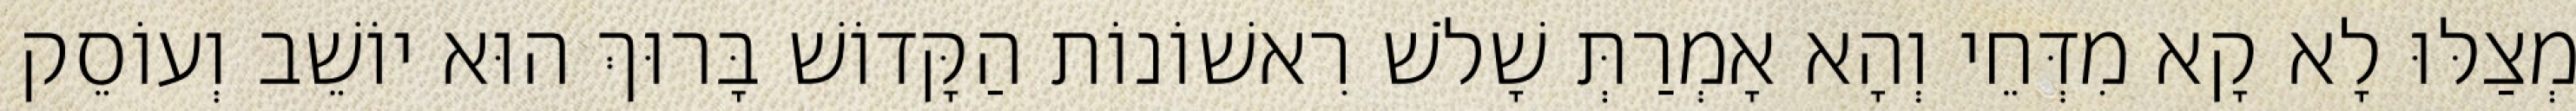
מְצַלּוּ לָא קָא מִדְּחֵי וְהָא אָמְרַתְּ שָׁלֹשׁ רִאשׁוֹנוֹת הַקָּדוֹשׁ בָּרוּךְ הוּא יוֹשֵׁב וְעוֹסֵק